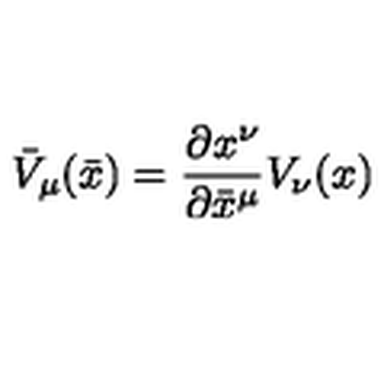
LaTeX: { \bar { V } } _ { \mu } ( \bar { x } ) = \frac { \partial x ^ { \nu } } { \partial { \bar { x } } ^ { \mu } } V _ { \nu } ( x )